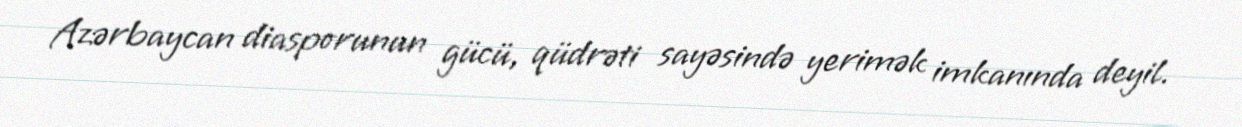
Azərbaycan diasporunun gücü, qüdrəti sayəsində yerimək imkanında deyil.